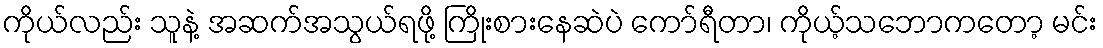
ကိုယ်လည်း သူနဲ့ အဆက်အသွယ်ရဖို့ ကြိုးစားနေဆဲပဲ ကော်ရီတာ၊ ကိုယ့်သဘောကတော့ မင်း